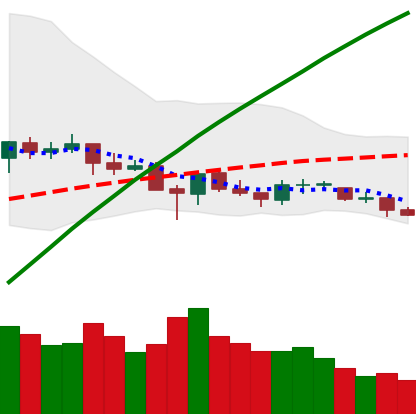
Ticker: ETC-USD
Chart end date: 2021-06-19
Forward return: -15.749%
Label: down_7plus